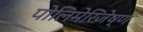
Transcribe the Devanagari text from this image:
पोलिमेरिज़ेष्ण